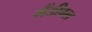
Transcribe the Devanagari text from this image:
मैंडीबल